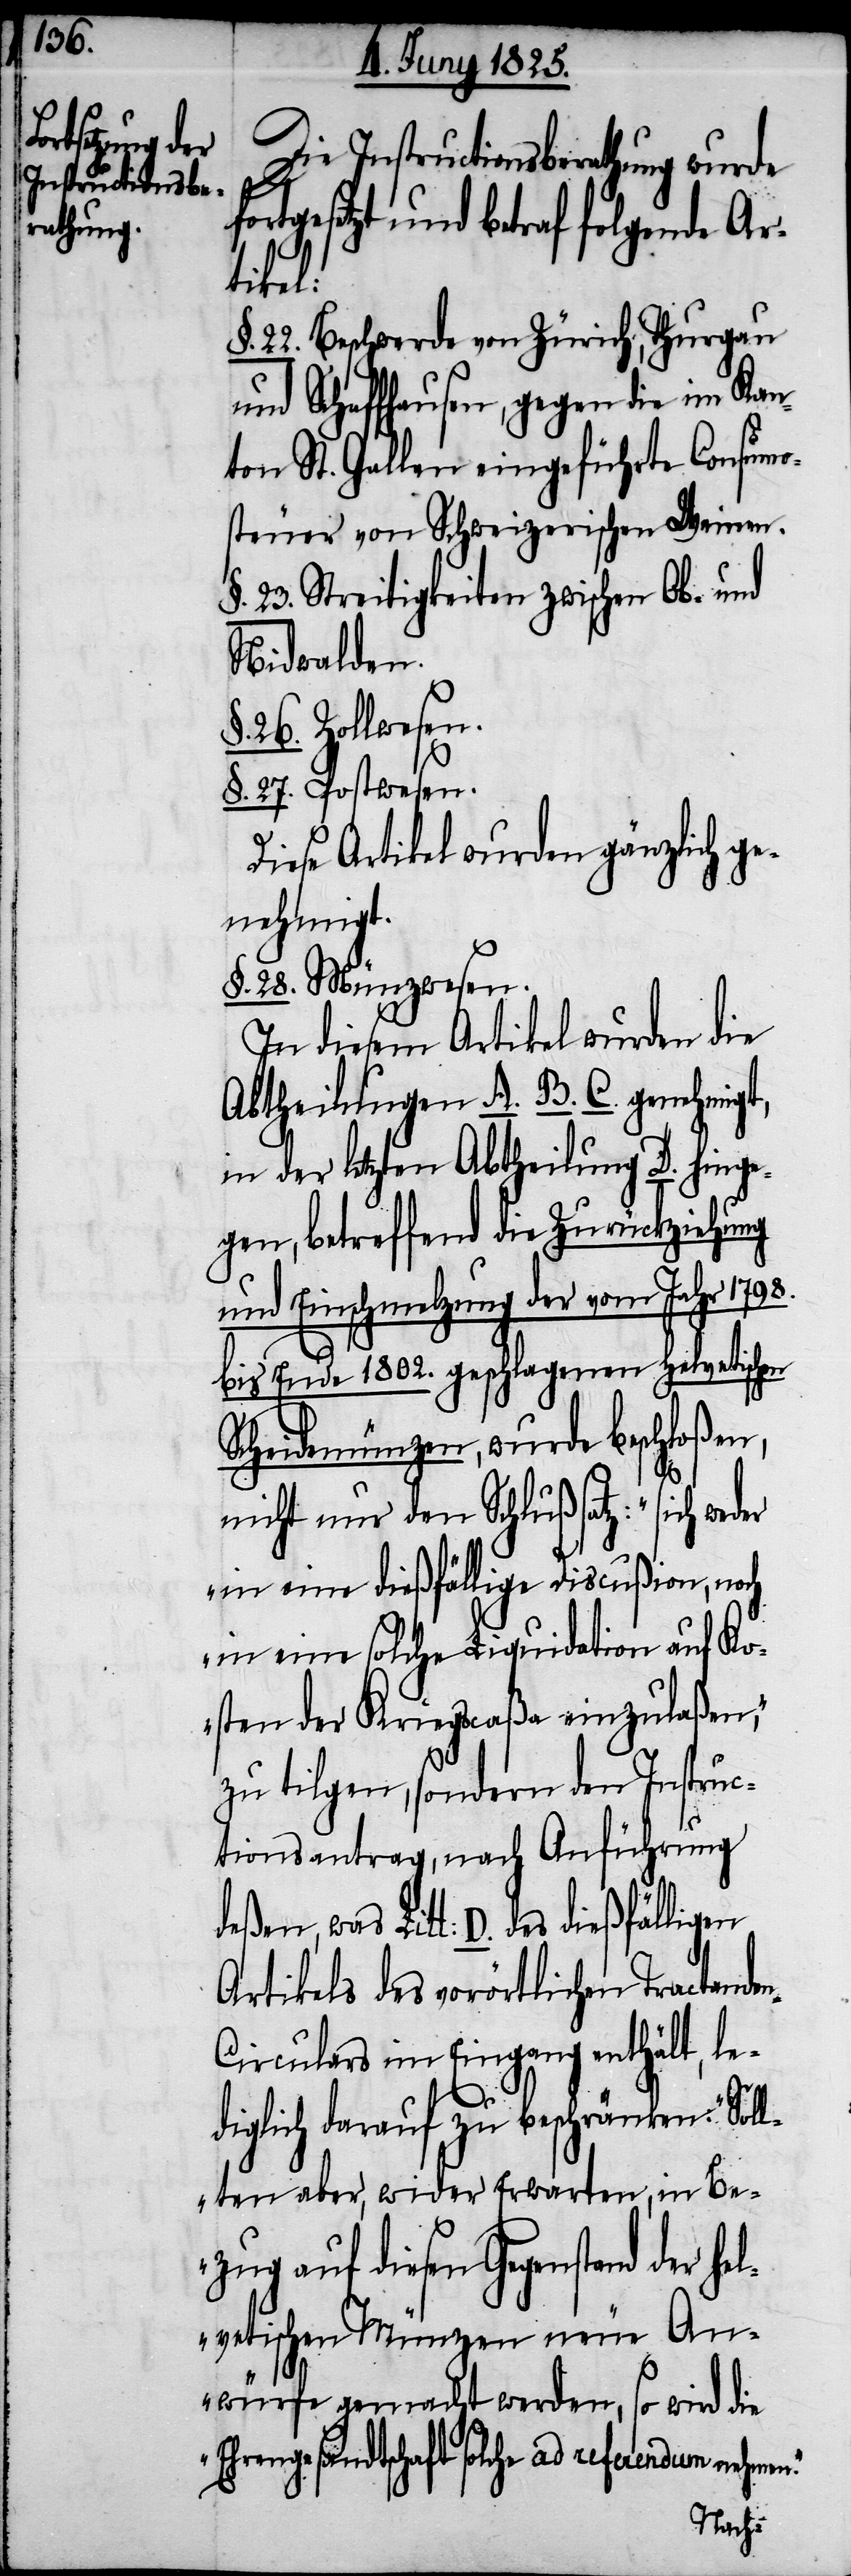
Die Instructionsberathung wurde
gesetzt und betraf folgende Ar¬
tikel:
§. 22. Beschwerde von Zürich, Thurgau
und Schaffhausen, gegen die im Kan¬
ton St. Gallen eingeführte Consum¬
steuer von Schweizerischen Weinen.
§. 23. Streitigkeiten zwischen Ob- und
Nidwalden.
§. 26. Zollwesen.
§. 27. Postwesen.
Diese Artikel wurden gänzlich ge¬
nehmigt.
§. 28. Münzwesen.
In diesem Artikel wurden die
Abtheilungen A. B. C. genehmigt,
in der letzten Abtheilung D. hinge¬
gen, betreffend die Zurückziehung
und Einschmelzung der vom Jahr 1798.
bis Ende 1802. geschlagenen helvetischen
Scheidemünzen, wurde beschloßen,
nicht nur den Schlußsatz: „sich weder
in eine dießfällige Discußion, noch
in eine solche Liquidation auf Ko¬
sten der Kriegscaßa einzulaßen,“
zu tilgen, sondern den Instruc¬
tionsantrag, nach Anführung
was Litt: D. des dießfälligen
Artikels des vorörtlichen Tractande¬
n-Circulars im Eingang enthält, le¬
diglich darauf zu beschränken: „Sol¬
lten aber, wieder Erwarten, in Be¬
zug auf diesen Gegenstand der
helvetischen Münzen neue An¬
würfe gemacht werden, so wird die
Ehrengesandtschaft solche ad referendum